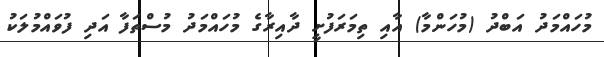
މުހައްމަދު އަބްދު (މުހަންމާ) އާއި ތިމަރަފުށީ ދާއިރާގެ މުހައްމަދު މުސްތަފާ އަދި ފުވައްމުލަކު